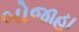
બોજાહા